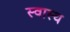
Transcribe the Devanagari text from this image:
स्‍वास्थ